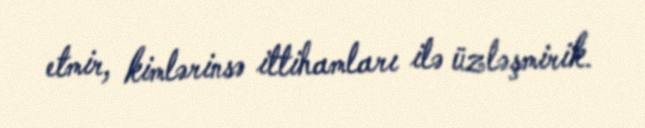
etmir, kimlərinsə ittihamları ilə üzləşmirik.